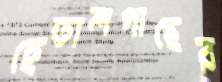
হেতালগাছের